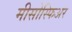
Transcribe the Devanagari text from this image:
मीसोस्फिअर